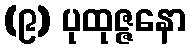
(၉) ပုထုဇ္ဇနော